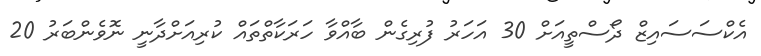
އެކްސަސައިޒް ދޯސްތީއަށް 30 އަހަރު ފުރިގެން ބާއްވާ ހަރަކާތްތައް ކުރިއަށްދާނީ ނޮވެންބަރު 20